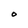
Character: O